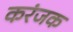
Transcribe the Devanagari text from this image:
करंजक